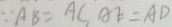
\because A B = A C A E = A D